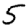
Digit: 5